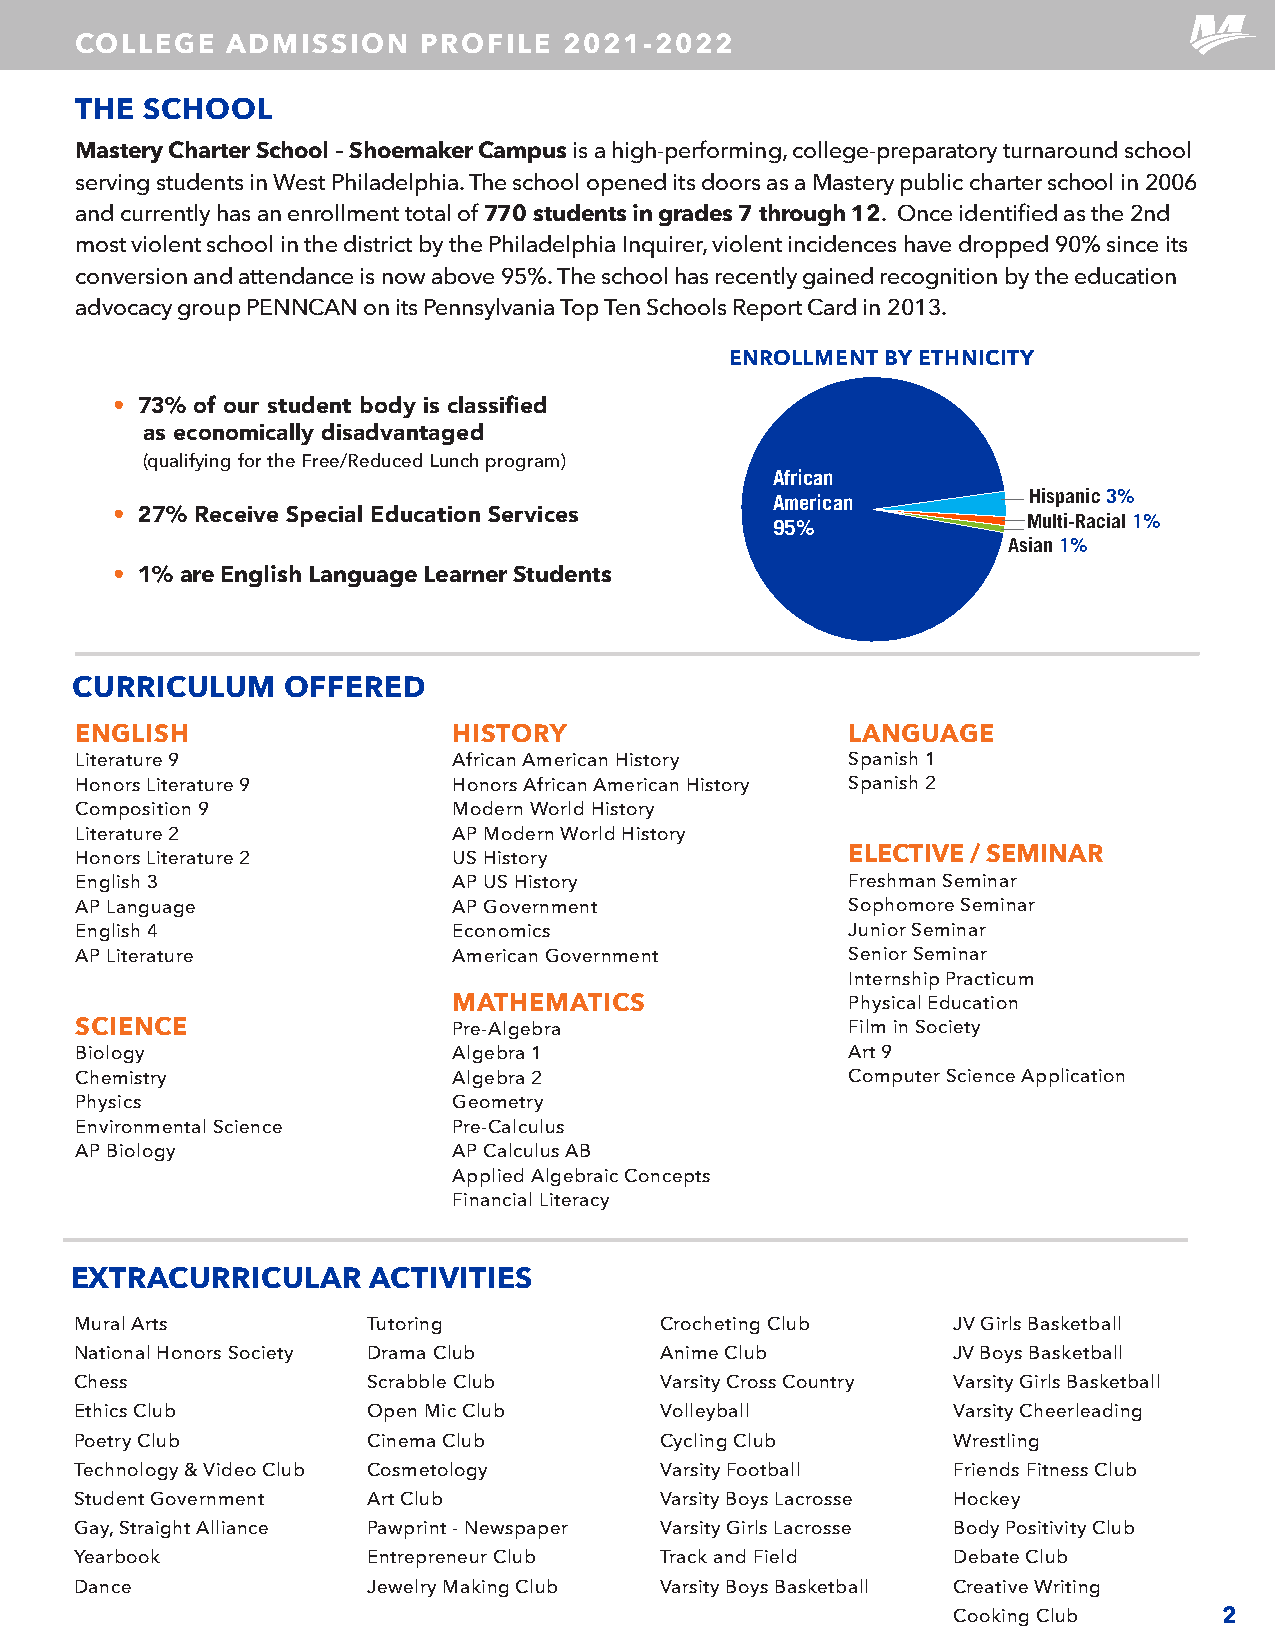
COLLEGE   ADMISSION    PROFILE  2021-2022
 THE SCHOOL
 Mastery Charter School – Shoemaker Campus is a high-performing, college-preparatory turnaround school
 serving students in West Philadelphia. The school opened its doors as a Mastery public charter school in 2006
 and currently has an enrollment total of 770 students in grades 7 through 12. Once identified as the 2nd
 most violent school in the district by the Philadelphia Inquirer, violent incidences have dropped 90% since its
 conversion and attendance is now above 95%. The school has recently gained recognition by the education
 advocacy group PENNCAN on its Pennsylvania Top Ten Schools Report Card in 2013.
 ENROLLMENT BY ETHNICITY
 • 73% of our student body is classified
 as economically disadvantaged
 (qualifying for the Free/Reduced Lunch program)
 African
 Hispanic 3%
 American
 • 27% Receive Special Education Services                    Multi-Racial 1%
 95%
 Asian 1%
 • 1% are English Language Learner Students
 CURRICULUM    OFFERED
 ENGLISH                  HISTORY                   LANGUAGE
 Literature 9             African American History  Spanish 1
 Honors Literature 9      Honors African American History Spanish 2
 Composition 9            Modern World History
 Literature 2             AP Modern World History
 Honors Literature 2      US History                ELECTIVE / SEMINAR
 English 3                AP US History             Freshman Seminar
 AP Language              AP Government             Sophomore Seminar
 English 4                Economics                 Junior Seminar
 AP Literature            American Government       Senior Seminar
 Internship Practicum
 MATHEMATICS               Physical Education
 SCIENCE                  Pre-Algebra               Film in Society
 Biology                  Algebra 1                 Art 9
 Chemistry                Algebra 2                 Computer Science Application
 Physics                  Geometry
 Environmental Science    Pre-Calculus
 AP Biology               AP Calculus AB
 Applied Algebraic Concepts
 Financial Literacy
 EXTRACURRICULAR    ACTIVITIES
 Mural Arts         Tutoring            Crocheting Club    JV Girls Basketball
 National Honors Society Drama Club     Anime Club         JV Boys Basketball
 Chess              Scrabble Club       Varsity Cross Country Varsity Girls Basketball
 Ethics Club        Open Mic Club       Volleyball         Varsity Cheerleading
 Poetry Club        Cinema Club         Cycling Club       Wrestling
 Technology & Video Club Cosmetology    Varsity Football   Friends Fitness Club
 Student Government Art Club            Varsity Boys Lacrosse Hockey
 Gay, Straight Alliance Pawprint - Newspaper Varsity Girls Lacrosse Body Positivity Club
 Yearbook           Entrepreneur Club   Track and Field    Debate Club
 Dance              Jewelry Making Club Varsity Boys Basketball Creative Writing
 Cooking Club      2